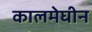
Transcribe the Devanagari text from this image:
कालमेघीन